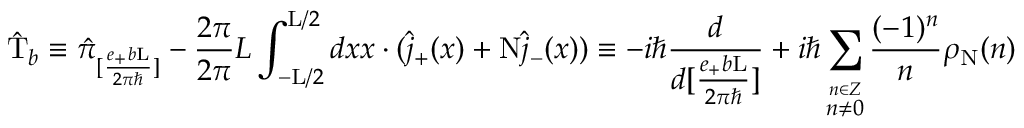
\hat { \mathrm { T } } _ { b } \equiv \hat { \pi } _ { [ \frac { e _ { + } b \mathrm { L } } { 2 { \pi } { \hbar } } ] } - \frac { 2 \pi } { 2 \pi } { L } \int _ { - \mathrm { L } / 2 } ^ { \mathrm { L } / 2 } d x x \cdot ( \hat { j } _ { + } ( x ) + \mathrm { N } \hat { j } _ { - } ( x ) ) \equiv - i \hbar \frac { d } { d [ \frac { e _ { + } b \mathrm { L } } { 2 { \pi } { \hbar } } ] } + i { \hbar } \sum _ { \stackrel { n \in \cal Z } { n \neq 0 } } \frac { ( - 1 ) ^ { n } } { n } \rho _ { \mathrm { N } } ( n )